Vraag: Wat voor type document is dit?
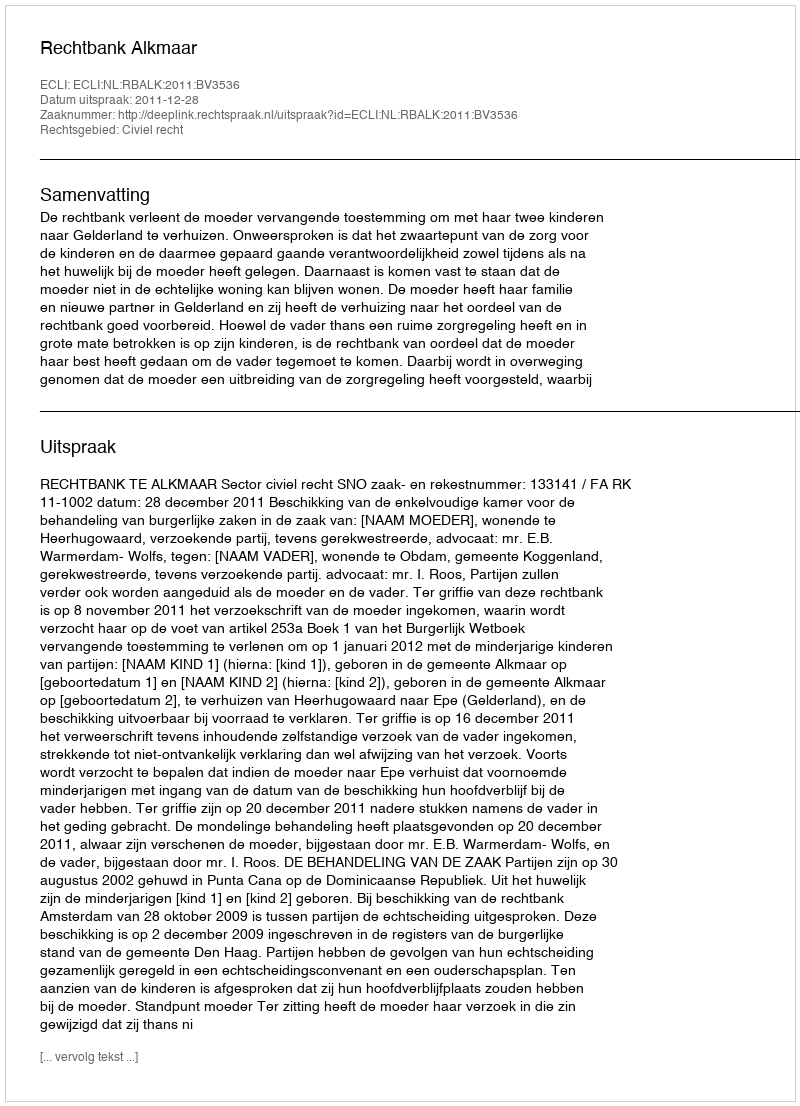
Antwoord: Uitspraak